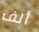
ألف